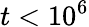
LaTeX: t<10^{6}